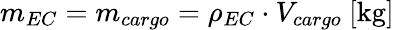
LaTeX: m_{EC}=m_{cargo}=\rho_{EC}\cdot V_{cargo}\ [\mathrm{kg}]